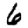
Digit: 6